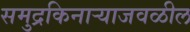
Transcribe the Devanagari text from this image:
समुद्रकिनाऱ्याजवळील